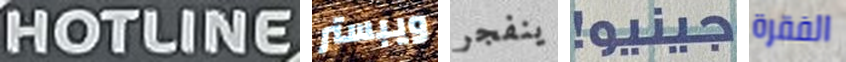
HOTLINE ويبستر ينفجر جينيو! الفقرة